Annual administration and progress report of the Indian Medical Department, Bombay
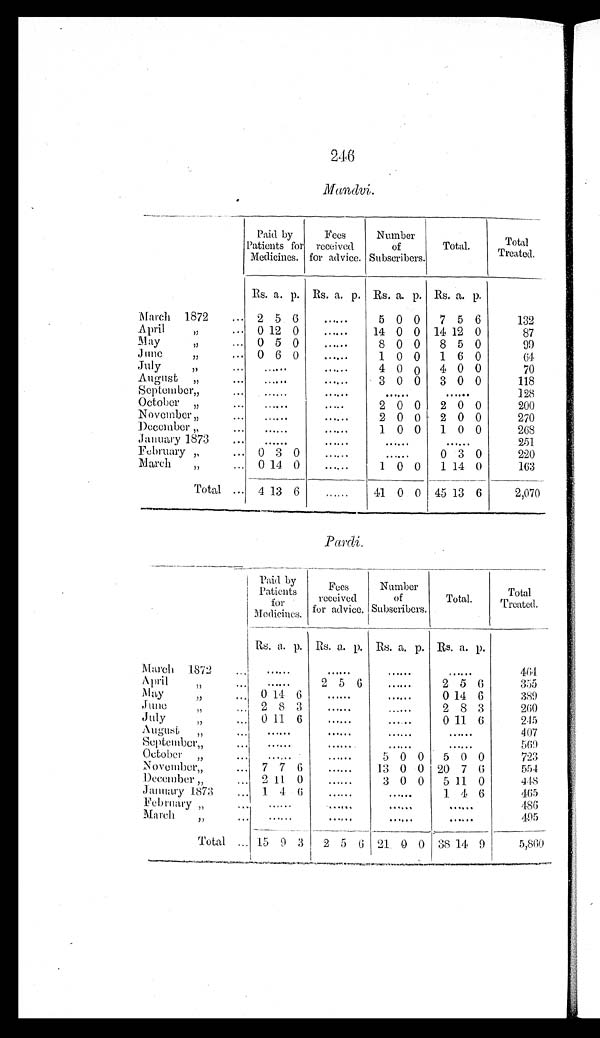
Paid by
Patients for
Medicines.
Fees
received
for advice.
Number
of
Subscribers.
Total.
Total
Treated.
Rs. a. p. Rs. a. p. Rs. a. p. Rs. a. p.
March 1872
... 2 5
6
. . . . . .
5 0 0
7 5 6
132
April " ...
0 12 0
. . . . . .
14 0 0 14 12 0
87
May
" ....
0 5 0
. . . . . .
8 0 0
8 5 0
9 9
June " ...
0 6 0
. . . . . .
1 0 0
1 6 0
64
July " ...
. . . . . .
. . . . . .
4 0 0
4 0 0
70
August "
...
. . . . . .
. . . . . .
3 0 0
3 0 0
118
September " ...
. . . . . .
. . . . . .
. . . . . .
. . . . . .
128
October " ...
.......
. . . . . .
2 0 0
2 0 0
200
November " ...
. . . . . .
. . . . . .
2 0 0
2 0 0
270
December " ...
. . . . . .
. . . . . .
1 0 0
1 0 0
268
January 1873
...
. . . . . .
. . . . . .
. . . . . .
. . . . . .
251
February " ...
0 3 0
. . . . . .
. . . . . .
0 3 0
220
March
"
... 0 14 0
. . . . . .
1 0 0
1 14 0
163
Total ... 4 13 6
. . . . . .
41 0 0 45 13 6
2,070
P a r d i .
Paid by
Patients
for
Medicines.
Fees
received
for advice.
Number
of
Subscribers.
Total.
Total
Treated.
Rs a. p. Rs. a. p. Rs. a. p. Rs. a. p.
March 1872
...
. . . . . .
. . . . . .
. . . . . .
. . . . . .
464
April " ...
. . . . . .
2 5 6
. . . . . .
2 5 6
3 5 5
May " ...
0 14 6
. . . . . .
. . . . . .
0 14 6
389
June " ...
2 8 3
. . . . . .
. . . . . .
2 8 3
260
July " ...
0 11 6
. . . . . .
. . . . . .
0 11 6
245
August
"
...
. . . . . .
. . . . . .
. . . . . .
. . . . . .
407
September " ....
. . . . . .
. . . . . .
. . . . . .
. . . . . .
569
October " ...
. . . . . .
. . . . . .
5
0 0
5 0 0
723
November " ...
7 7 6
. . . . . .
13 0 0 20 7 6
5 5 4
December "
2 11 0
. . . . . .
3 0 0
5 11 0
4 4 8
January 1873 ...
1 4 6
. . . . . .
. . . . . .
1 4 6
4 6 5
February "
. . . . . .
. . . . . .
. . . . . .
. . . . . .
486
March "
. . . . . .
. . . . . .
. . . . . .
. . . . . .
4 9 5
Total ... 15 9 3
2 5 6 21 0 0 38 14 9
5,860